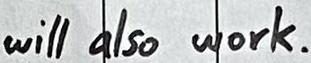
Text: will also work.